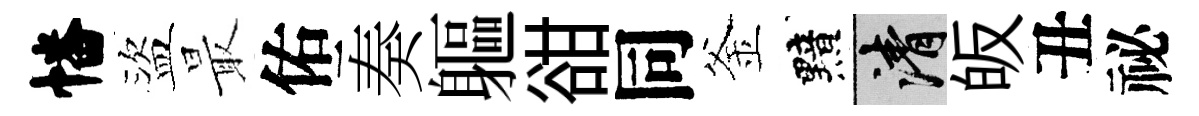
幡盜最佑奏軀𧮳同釜黯清皈丑祕